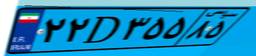
۲۲D۳۵۵۸۵